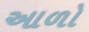
આળો